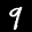
Label: 9